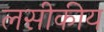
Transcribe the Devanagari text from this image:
लसीकीय